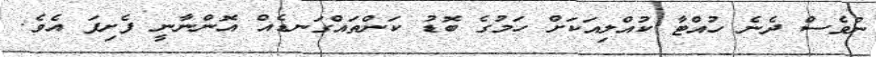
ނުވެސް ދެނެ ހުއްޓާ ކުއްލިއަކަށް ހަމުގެ ބޮޑު ކަންތައްގަނޑެއް އޮންނާނީ ފެށިފަ އެވެ.